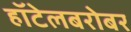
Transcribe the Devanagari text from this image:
हॉटेलबरोबर